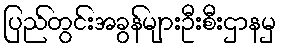
ပြည်တွင်းအခွန်များဦးစီးဌာနမှ